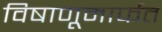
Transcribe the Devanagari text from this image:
विषाणूमार्फत